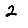
Digit: 2